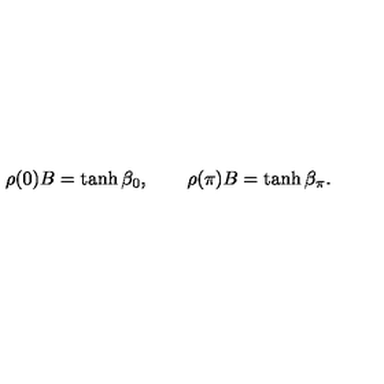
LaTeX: \rho ( 0 ) B = \tanh \beta _ { 0 } , \qquad \rho ( \pi ) B = \tanh \beta _ { \pi } .